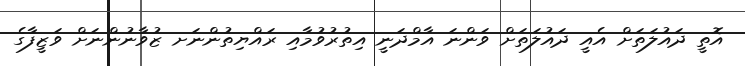
އޮތީ ދައުލަތަށް އެއީ ދައުލަތަށް ވަންނަ އާމްދަނީ އިތުރުވުމާއި ރައްޔިތުންނަށ ޒުވާނުންނަށް ވަޒީފާގެ